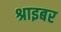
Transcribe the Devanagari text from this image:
श्राइबर